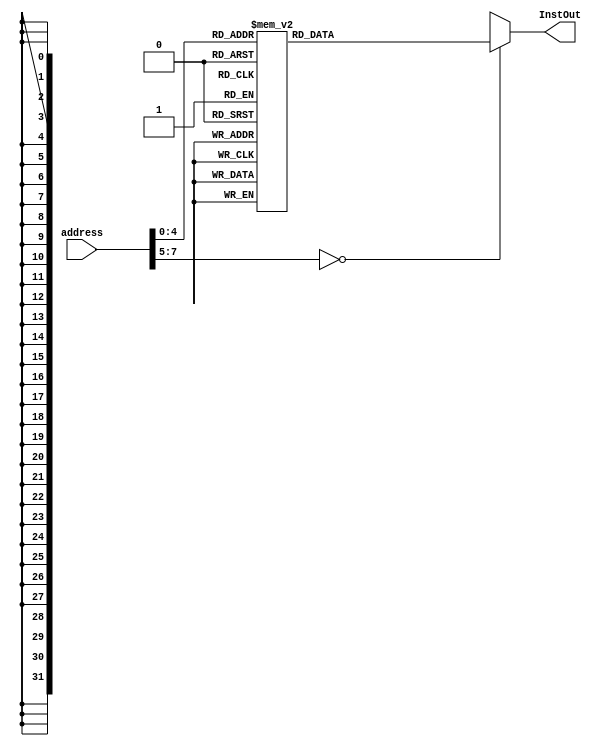
module ROM(address,  InstOut);

input [7:0] address;
//input clk;
output reg [31:0] InstOut;

always @(address)
begin
	case(address)

	8'd00 : InstOut = 32'b0;
	8'd04 : InstOut = 32'b00000000101000000000001010010011;
	8'd08 : InstOut = 32'b00000000110000000000001100010011;
	8'd12 : InstOut = 32'b00000000011100000000001110010011;  
	8'd16 : InstOut = 32'b00000000011000101000010000110011;
	8'd20 : InstOut = 32'b00000000011000000010100000100011;
	8'd24 : InstOut = 32'b00000000100000000010010010000011;
	8'd28 : InstOut = 32'b00000000100100111000010001100011;
	/*8'd28 : InstOut = 32'
	8'd32 : InstOut = 32'h01185a63;
	8'd24 : InstOut = 32'h01162023;
	8'd28 : InstOut = 32'hfff78793;
	8'd2c : InstOut = 32'hffc60613;
	8'd30 : InstOut = 32'hfe0796e3;
	8'd34 : InstOut = 32'h00279793;
	8'h38 : InstOut = 32'h00f507b3;
	8'h3c : InstOut = 32'h0107a023;
	8'h40 : InstOut = 32'h00170713;
	8'h44 : InstOut = 32'h00468693;
	8'h48 : InstOut = 32'hfc1ff06f;*/
	default : InstOut = 32'hx;
	
	endcase

end

endmodule